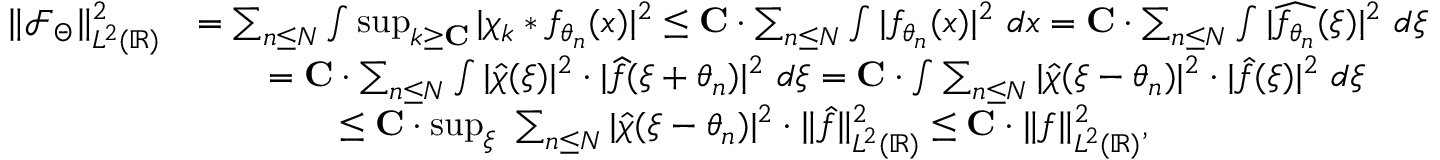
\begin{array} { r l } { \| \mathcal { F } _ { \Theta } \| _ { L ^ { 2 } ( \mathbb { R } ) } ^ { 2 } } & { = \sum _ { n \leq N } \int \operatorname* { s u p } _ { k \geq \mathbf { C } } | \chi _ { k } * f _ { \theta _ { n } } ( x ) | ^ { 2 } \leq \mathbf { C } \cdot \sum _ { n \leq N } \int | f _ { \theta _ { n } } ( x ) | ^ { 2 } \ d x = \mathbf { C } \cdot \sum _ { n \leq N } \int | \widehat { f _ { \theta _ { n } } } ( \xi ) | ^ { 2 } \ d \xi } \\ & { \qquad = \mathbf { C } \cdot \sum _ { n \leq N } \int | \hat { \chi } ( \xi ) | ^ { 2 } \cdot | \widehat { f } ( \xi + \theta _ { n } ) | ^ { 2 } \ d \xi = \mathbf { C } \cdot \int \sum _ { n \leq N } | \hat { \chi } ( \xi - \theta _ { n } ) | ^ { 2 } \cdot | \hat { f } ( \xi ) | ^ { 2 } \ d \xi } \\ & { \qquad \qquad \leq \mathbf { C } \cdot \operatorname* { s u p } _ { \xi } \ \sum _ { n \leq N } | \hat { \chi } ( \xi - \theta _ { n } ) | ^ { 2 } \cdot \| \hat { f } \| _ { L ^ { 2 } ( \mathbb { R } ) } ^ { 2 } \leq \mathbf { C } \cdot \| { f } \| _ { L ^ { 2 } ( \mathbb { R } ) } ^ { 2 } , } \end{array}